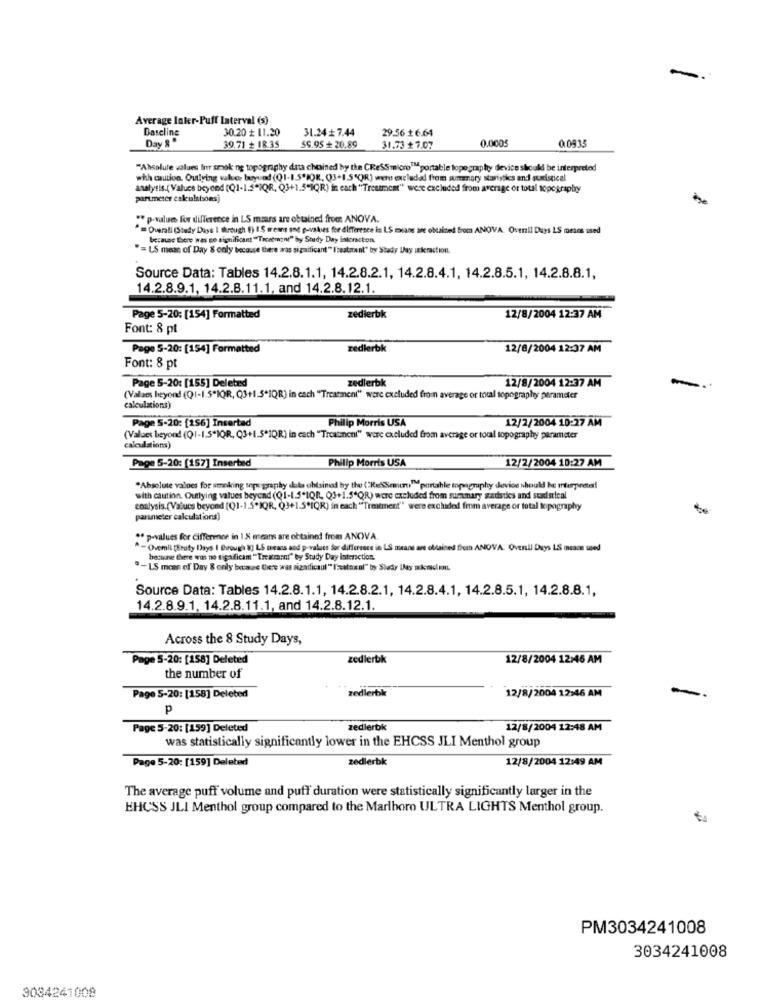
-
Average Inter-Puff Interval (s)
Baseline
30.20 + 11.20
31.24 7.44
29.56 + 6.64
Day S'
0.0005
0.0935
39.71 + 18.35
59.95+ 20.89
31.73 ₺ 7.07
"Absolute values fir smok ng topography duta choined by the CReSSmicroIM portable topography device should be interpreted
whh caution. Outlying value, buyund (Q1-1.5'IOR, Q3+1.5"OR) were excluded from summary staristics and statistical
analysis.( Values beyond (Q1-1.5*2QR, Q3+1.5"IQR) in each "Treatment" were excluded from average or total topography
partmeter calculatsons)
" p-values for difference in LS mars are obtained from ANOVA.
* = Overati (Study Dass 1 through 8) IS means and p-vakes for difference in LS means are obtained from ANOVA. Ovenil Duys LS mesos used
because there was so significant "Tucatmone" by Study Day intoracton.
"= US mean of Day & only because there aras significant" I'seatrent" bor Stady Lay interaction.
Source Data: Tables 14.2.8.1.1, 14.2.8.2.1, 14.2.8.4.1, 14.2.8.5.1, 14.2.8.8.1,
14.2.8.9.1, 14.2.8.11.1, and 14.2.8.12.1.
Page 5-20: [154] Formatted
zedierbk
12/8/2004 12:37 AM
Font: 8 pt
Page S-20: [154] Formatted
zedlerbk
12/6/2004 12:37 AM
Font: 8 pt
zedierbk
12/8/2004 12:37 AM
Page 5-20: [155] Deleted
(Valaes beyond (Q1-1.5*IQR, Q3+1.5*IQR) in cach "Treatment" were excluded from average or total topography parameter
calculations)
Philip Morris USA
12/2/2004 10:27 AM
Page 5-20: [156] Inserted
(Values beyond (0)| - | S"IQR, Q3+1."IQR) in each "Treatment" ware excluded from average or tocal topography parameter
calculations)
Philip Morris USA
12/2/2004 10:27 AM
Page 5-20: [157] Inserted
"Absolute values for smoking topo graphy data obtained by the (Ke Somurt:"portable topography devios should be marpreta!
with caution. Outlying values beyond (Q1-1.5"IQR, Q3+1.5"QR) were excluded from summary stadsties and statistical
analysis.(Values beyond [(1-1.5*IQR, Q3+1.5*(CR) in each "Treatment" were excluded from average or total topography
parameter calculations)
* p-values for Cifference in 1.X means are obtained from ANOVA.
"- Ovemil [Staty Days I Drough 8) LS means and p-values for difference in LS means are obtained from ANOVA. Ovenil Days LS meaos used
bacinet Carre wus no tigaficam " Treatment" by Study Day Interaction.
"-LS mcan of Day & only bease there was sizaificaol"['nataxal" by Study Das mkemsol ML
Source Data: Tables 14.2.8.1.1, 14.2.8.2.1, 14.2.8.4.1, 14.2.8.5.1, 14.2.8.8.1,
14.2.8.9.1, 14.2.8.11.1, and 14.2.8.12.1.
Across the 8 Study Days,
Page 5-20: [158] Deleted
zedlerbk
12/8/2004 12:46 AM
the number of
zedlerbk
Page 5-20: [158] Deleted
12/8/2004 12:46 AM
P
Page 5-20: [159] Deleted
zedlerbk
12/8/2004 12:48 AM
was statistically significantly lower in the EHCSS JLI Menthol group
Page 5-20: [159] Deleted
zedlerbk
12/8/2004 12:49 AM
The average puff volume and puff duration were statistically significantly larger in the
EHCSS JLI Menthol group compared to the Marlboro ULTRA LIGHTS Menthol group.
PM3034241008
3034241008
3034241008